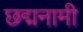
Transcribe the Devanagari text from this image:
छद्मनामी